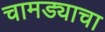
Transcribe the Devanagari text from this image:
चामड्याचा